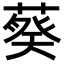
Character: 𬞂